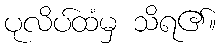
ပုလိပ်ထံမှ သိရ၏။